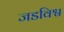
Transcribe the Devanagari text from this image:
जडविश्व